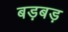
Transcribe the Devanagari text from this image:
बड़बड़